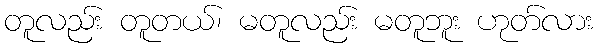
တူလည်း တူတယ်၊ မတူလည်း မတူဘူး ဟုတ်လား